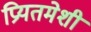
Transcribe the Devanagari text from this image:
प्रियतमेशी